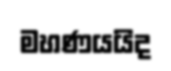
මහණයයිද